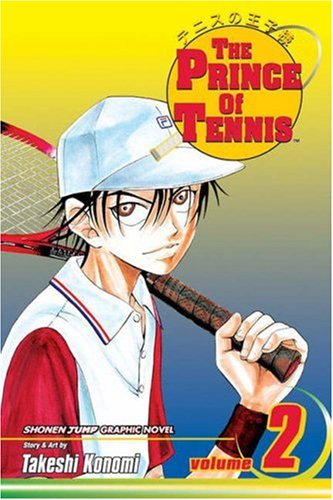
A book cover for The Prince of Tennis, Vol. 2; Takeshi Konomi; Comics & Graphic Novels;